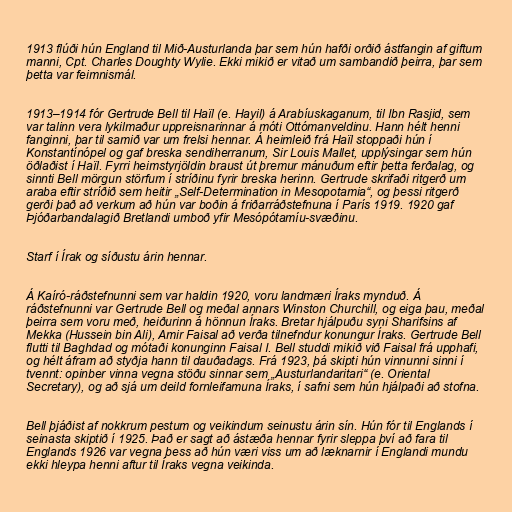
1913 flúði hún England til Mið-Austurlanda þar sem hún hafði orðið ástfangin af giftum
manni, Cpt. Charles Doughty Wylie. Ekki mikið er vitað um sambandið þeirra, þar sem
þetta var feimnismál.

1913–1914 fór Gertrude Bell til Haïl (e. Hayil) á Arabíuskaganum, til Ibn Rasjid, sem
var talinn vera lykilmaður uppreisnarinnar á móti Ottómanveldinu. Hann hélt henni
fanginni, þar til samið var um frelsi hennar. Á heimleið frá Haïl stoppaði hún í
Konstantínópel og gaf breska sendiherranum, Sir Louis Mallet, upplýsingar sem hún
öðlaðist í Haïl. Fyrri heimstyrjöldin braust út þremur mánuðum eftir þetta ferðalag, og
sinnti Bell mörgun störfum í stríðinu fyrir breska herinn. Gertrude skrifaði ritgerð um
araba eftir stríðið sem heitir „Self-Determination in Mesopotamia“, og þessi ritgerð
gerði það að verkum að hún var boðin á friðarráðstefnuna í París 1919. 1920 gaf
Þjóðarbandalagið Bretlandi umboð yfir Mesópótamíu-svæðinu.

Starf í Írak og síðustu árin hennar.

Á Kaíró-ráðstefnunni sem var haldin 1920, voru landmæri Íraks mynduð. Á
ráðstefnunni var Gertrude Bell og meðal annars Winston Churchill, og eiga þau, meðal
þeirra sem voru með, heiðurinn á hönnun Íraks. Bretar hjálpuðu syni Sharifsins af
Mekka (Hussein bin Ali), Amir Faisal að verða tilnefndur konungur Íraks. Gertrude Bell
flutti til Baghdad og mótaði konunginn Faisal I. Bell studdi mikið við Faisal frá upphafi,
og hélt áfram að styðja hann til dauðadags. Frá 1923, þá skipti hún vinnunni sinni í
tvennt: opinber vinna vegna stöðu sinnar sem „Austurlandaritari“ (e. Oriental
Secretary), og að sjá um deild fornleifamuna Íraks, í safni sem hún hjálpaði að stofna.

Bell þjáðist af nokkrum pestum og veikindum seinustu árin sín. Hún fór til Englands í
seinasta skiptið í 1925. Það er sagt að ástæða hennar fyrir sleppa því að fara til
Englands 1926 var vegna þess að hún væri viss um að læknarnir í Englandi mundu
ekki hleypa henni aftur til Íraks vegna veikinda.